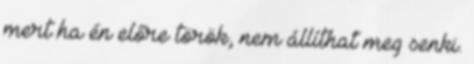
mert ha én előre török, nem állíthat meg senki.